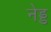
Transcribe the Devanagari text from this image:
नेड्ड